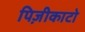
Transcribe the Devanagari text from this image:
पिज़ीकाटो